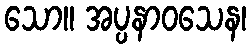
သော။ အပ္ပနာဝသေန၊